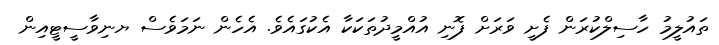
ތައުލީމު ހާސިލްކުރަން ފެށީ ވަރަށް ފޮނި އުއްމީދުތަކަކާ އެކުގައެވެ. އެހެން ނަމަވެސް ޔނިވާސީޓީއިން